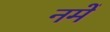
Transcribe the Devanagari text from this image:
नमें